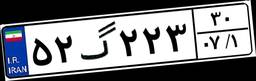
۵۲گ۲۲۳۳۰